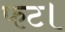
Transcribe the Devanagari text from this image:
फट।